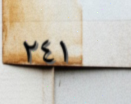
٢٤١